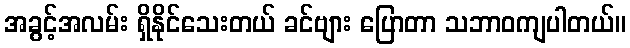
အခွင့်အလမ်း ရှိနိုင်သေးတယ် ခင်ဗျား ပြောတာ သဘာဝကျပါတယ်။